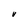
Character: V